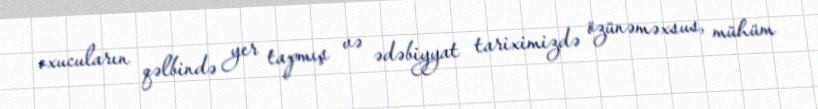
oxucuların qəlbində yer tapmış və ədəbiyyat tariximizdə özünəməxsus, mühüm